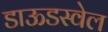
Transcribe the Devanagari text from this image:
डाऊडस्वेल